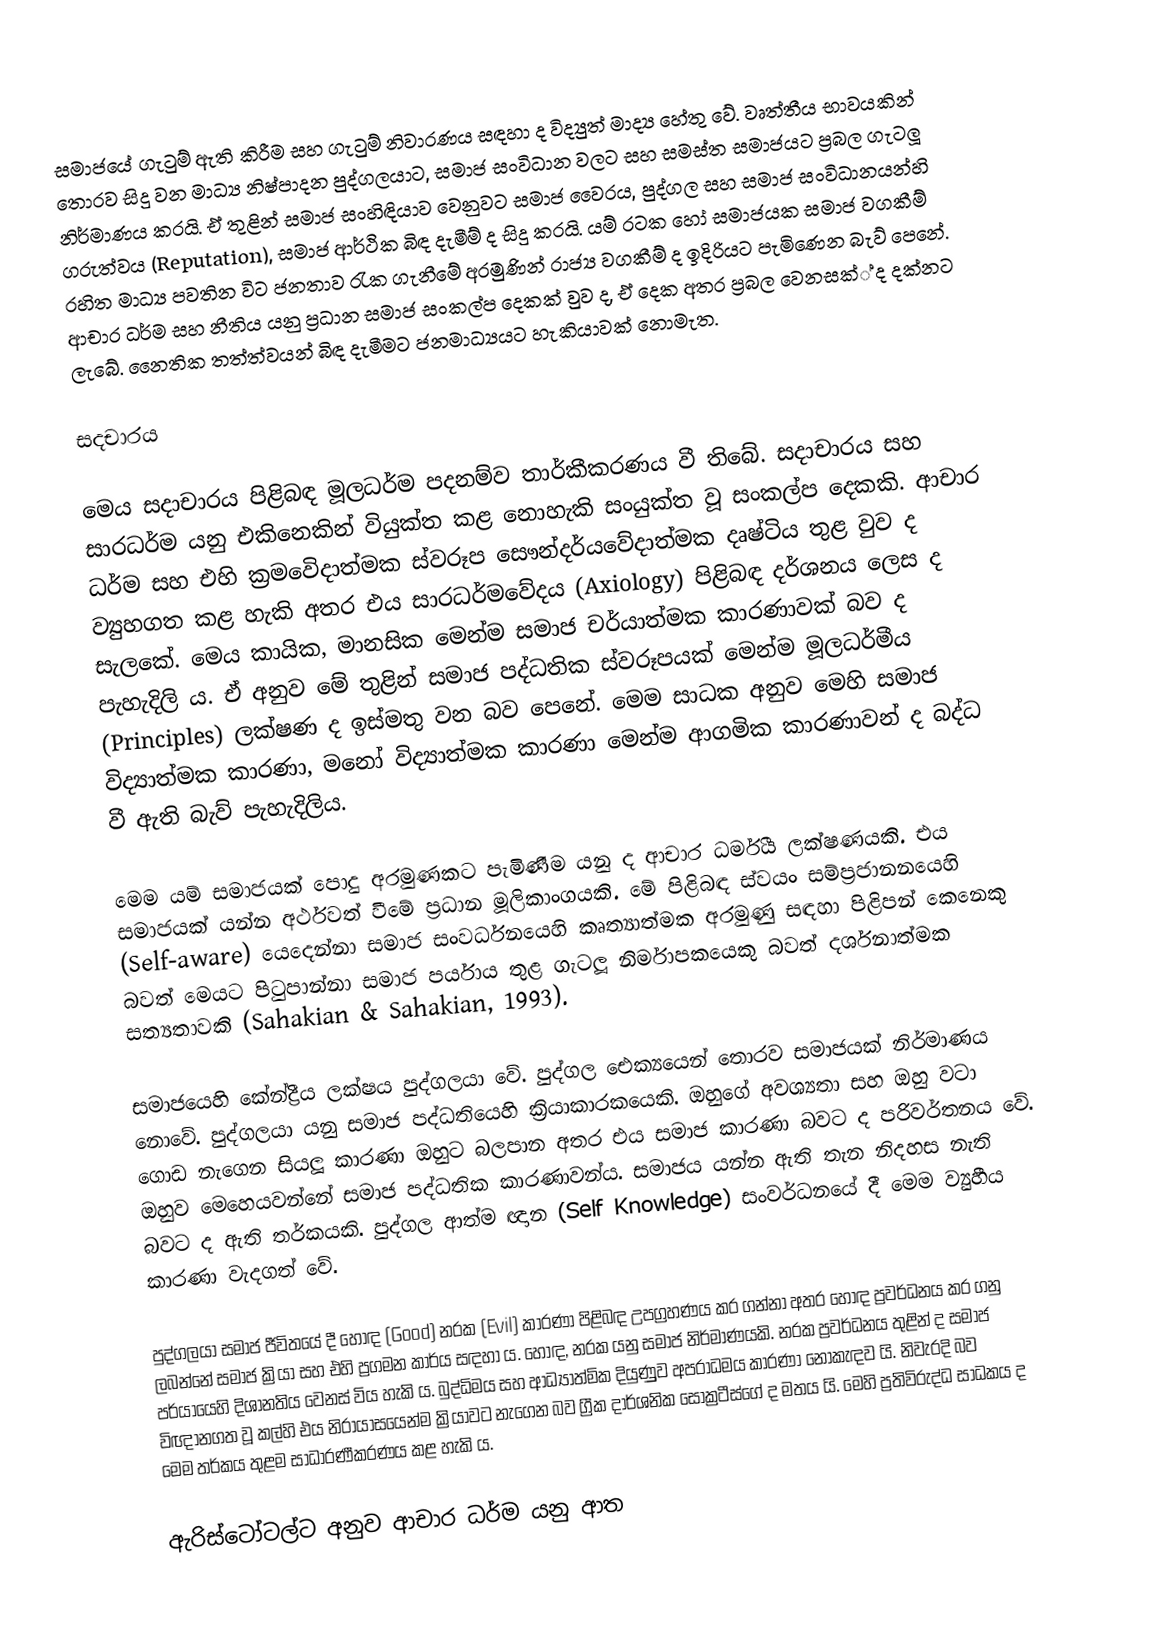
සමාජයේ ගැටුම් ඇති කිරීම සහ ගැටුම් නිවාරණය සඳහා ද විද්‍යුත් මාද්‍ය හේතු වේ. වෘත්තීය භාවයකින් තොරව සිදු වන මාධ්‍ය නිෂ්පාදන පුද්ගලයාට, සමාජ සංවිධාන වලට සහ සමස්ත සමාජයට ප්‍රබල ගැටලූ නිර්මාණය කරයි. ඒ තුළින් සමාජ සංහිඳියාව වෙනුවට සමාජ වෛරය, පුද්ගල සහ සමාජ සංවිධානයන්හි ගරුත්වය (Reputation), සමාජ ආර්ථික බිඳ දැමීම් ද සිදු කරයි. යම් රටක හෝ සමාජයක සමාජ වගකීම් රහිත මාධ්‍ය පවතින විට ජනතාව රැක ගැනීමේ අරමුණින් රාජ්‍ය වගකීම් ද ඉදිරියට පැමිණෙන බැව් පෙනේ. ආචාර ධර්ම සහ නීතිය යනු ප්‍රධාන සමාජ සංකල්ප දෙකක් වුව ද, ඒ දෙක අතර ප්‍රබල වෙනසක්් ද දක්නට ලැබේ. නෛතික තත්ත්වයන් බිඳ දැමීමට ජනමාධ්‍යයට හැකියාවක් නොමැත.

සදචාරය

මෙය සදාචාරය පිළිබඳ මූලධර්ම පදනම්ව තාර්කීකරණය වී තිබේ. සදාචාරය සහ සාරධර්ම යනු එකිනෙකින් වියුක්ත කළ නොහැකි සංයුක්ත වූ සංකල්ප දෙකකි. ආචාර ධර්ම සහ එහි ක්‍රමවෙිදාත්මක ස්වරූප සෞන්දර්යවේදාත්මක දෘෂ්ටිය තුළ වුව ද ව්‍යුහගත කළ හැකි අතර එය සාරධර්මවේදය (Axiology) පිළිබඳ දර්ශනය ලෙස ද සැලකේ. මෙය කායික, මානසික මෙන්ම සමාජ චර්යාත්මක කාරණාවක් බව ද පැහැදිලි ය. ඒ අනුව මේ තුළින් සමාජ පද්ධතික ස්වරූපයක් මෙන්ම මූලධර්මීය (Principles) ලක්ෂණ ද ඉස්මතු වන බව පෙනේ. මෙම සාධක අනුව මෙහි සමාජ විද්‍යාත්මක කාරණා, මනෝ විද්‍යාත්මක කාරණා මෙන්ම ආගමික කාරණාවන් ද බද්ධ වී ඇති බැව් පැහැදිලිය.

මෙම යම් සමාජයක් පොදු අරමුණකට පැමිණීම යනු ද ආචාර ධර්මීය ලක්ෂණයකි. එය සමාජයක් යන්න අර්ථවත් වීමේ ප්‍රධාන මූලිකාංගයකි. මේ පිළිබඳ ස්වයං සම්ප්‍රජානනයෙහි (Self-aware) යෙදෙන්නා සමාජ සංවර්ධනයෙහි කෘත්‍යාත්මක අරමුණු සඳහා පිළිපන් කෙනෙකු බවත් මෙයට පිටුපාන්නා සමාජ පර්යාය තුළ ගැටලූ නිර්මාපකයෙකු බවත් දර්ශනාත්මක සත්‍යතාවකි (Sahakian & Sahakian, 1993).

සමාජයෙහි කේන්ද්‍රීය ලක්ෂය පුද්ගලයා වේ. පුද්ගල ඓක්‍යයෙන් තොරව සමාජයක් නිර්මාණය නොවේ. පුද්ගලයා යනු සමාජ පද්ධතියෙහි ක්‍රියාකාරකයෙකි. ඔහුගේ අවශ්‍යතා සහ ඔහු වටා ගොඩ නැගෙන සියලූ කාරණා ඔහුට බලපාන අතර එය සමාජ කාරණා බවට ද පරිවර්තනය වේ. ඔහුව මෙහෙයවන්නේ සමාජ පද්ධතික කාරණාවන්ය. සමාජය යන්න ඇති තැන නිදහස නැති බවට ද ඇති තර්කයකි. පුද්ගල ආත්ම ඥාන (Self Knowledge) සංවර්ධනයේ දී මෙම ව්‍යුහීය කාරණා වැදගත් වේ.

පුද්ගලයා සමාජ ජීවිතයේ දී හොඳ (Good) නරක (Evil) කාරණා පිළිබඳ උපග්‍රහණය කර ගන්නා අතර හොඳ ප්‍රවර්ධනය කර ගනු ලබන්නේ සමාජ ක්‍රියා සහ එහි ප්‍රගමන කාර්ය සඳහා ය. හොඳ, නරක යනු සමාජ නිර්මාණයකි. නරක ප්‍රවර්ධනය තුළින් ද සමාජ පර්යායෙහි දිශානතිය වෙනස් විය හැකි ය. බුද්ධිමය සහ ආධ්‍යාත්මික දියුණුුව අපරාධමය කාරණා නොකැඳව යි. නිවැරදි බව විඥානගත වූ කල්හි එය නිරායාසයෙන්ම ක්‍රියාවට නැගෙන බව ග්‍රීක දාර්ශනික සොක්‍රටීස්ගේ ද මතය යි. මෙහි ප්‍රතිවිරුද්ධ සාධකය ද මෙම තර්කය තුළම සාධාරණීකරණය කළ හැකි ය.

ඇරිස්ටෝටල්ට අනුව ආචාර ධර්ම යනු ආත